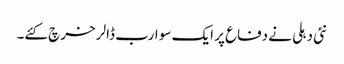
نئی دہلی نے دفاع پر ایک سو ارب ڈالر خرچ کئے۔